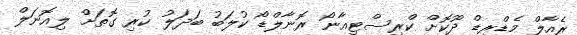
ރެއާލް މެޑްރިޑް ދޫކޮށް ކްރިސްޓިއާނޯ ރޮނާލްޑޯ ކުލަބު ބަދަލު ކުރި ގޮތަށް ލިއޮނަލް